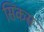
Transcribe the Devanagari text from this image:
सिकस